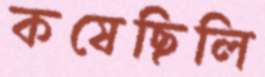
কষেছিলি